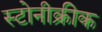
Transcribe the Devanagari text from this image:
स्टोनीक्रीक